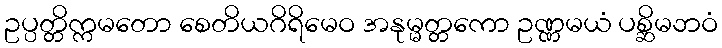
ဥပ္ပတ္တိက္ကမတော စေတိယဂိရိမေဝ အနုမ္မတ္တကော ဥဏ္ဏမယံ ပစ္ဆိမဘဝံ